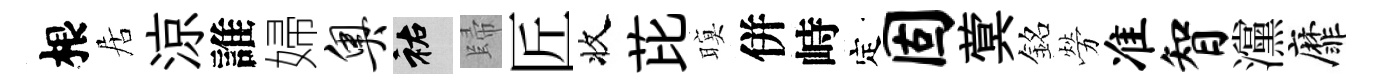
根居涼誰婦奥祐歸匠收芘暝併峙定固蓂銘勞准智灙靡